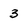
Character: 3